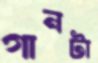
গানটা